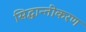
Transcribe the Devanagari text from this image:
सिद्धान्तीकरण